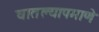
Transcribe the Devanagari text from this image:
घातल्यापमाणे